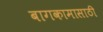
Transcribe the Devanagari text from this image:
बागकामासाठी